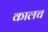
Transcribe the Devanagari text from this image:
कालच